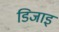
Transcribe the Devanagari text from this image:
डिजाइ